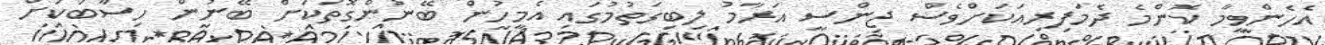
އެހެންވީމާ ކޮންމެ ދެމަފިރިއަކަށްވެސް ޖިންސީ އަރާމު ލިބިގަތުމުގައި އެމީހުން ބޭނުންގޮތަކަށް ބޭނުން ހިސާބަކަށް